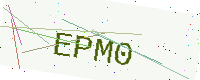
Text: EPM0